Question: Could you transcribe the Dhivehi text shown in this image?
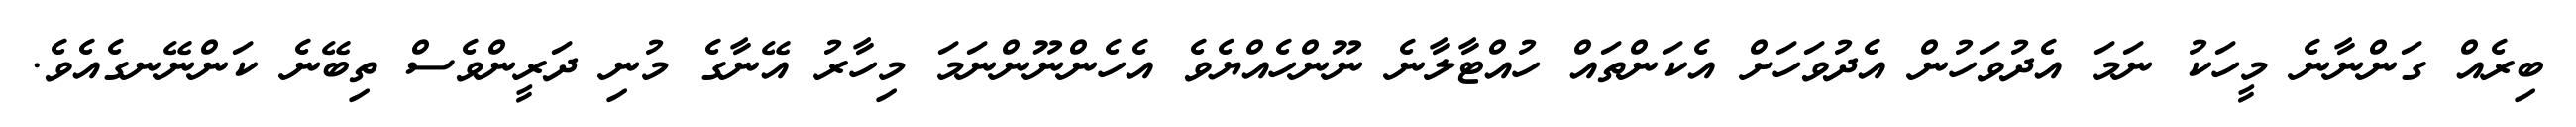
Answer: ބިރެއް ގަންނާނެ މީހަކު ނަމަ އެދުވަހުން އެދުވަހަށް އެކަންތައް ހުއްޓާލާނެ ނޫންހެއްޔެވެ އެހެންނޫންނަމަ މިހާރު އޭނާގެ މުނި ދަރީންވެސް ތިބޭނެ ކަންނޭނގެއެވެ.